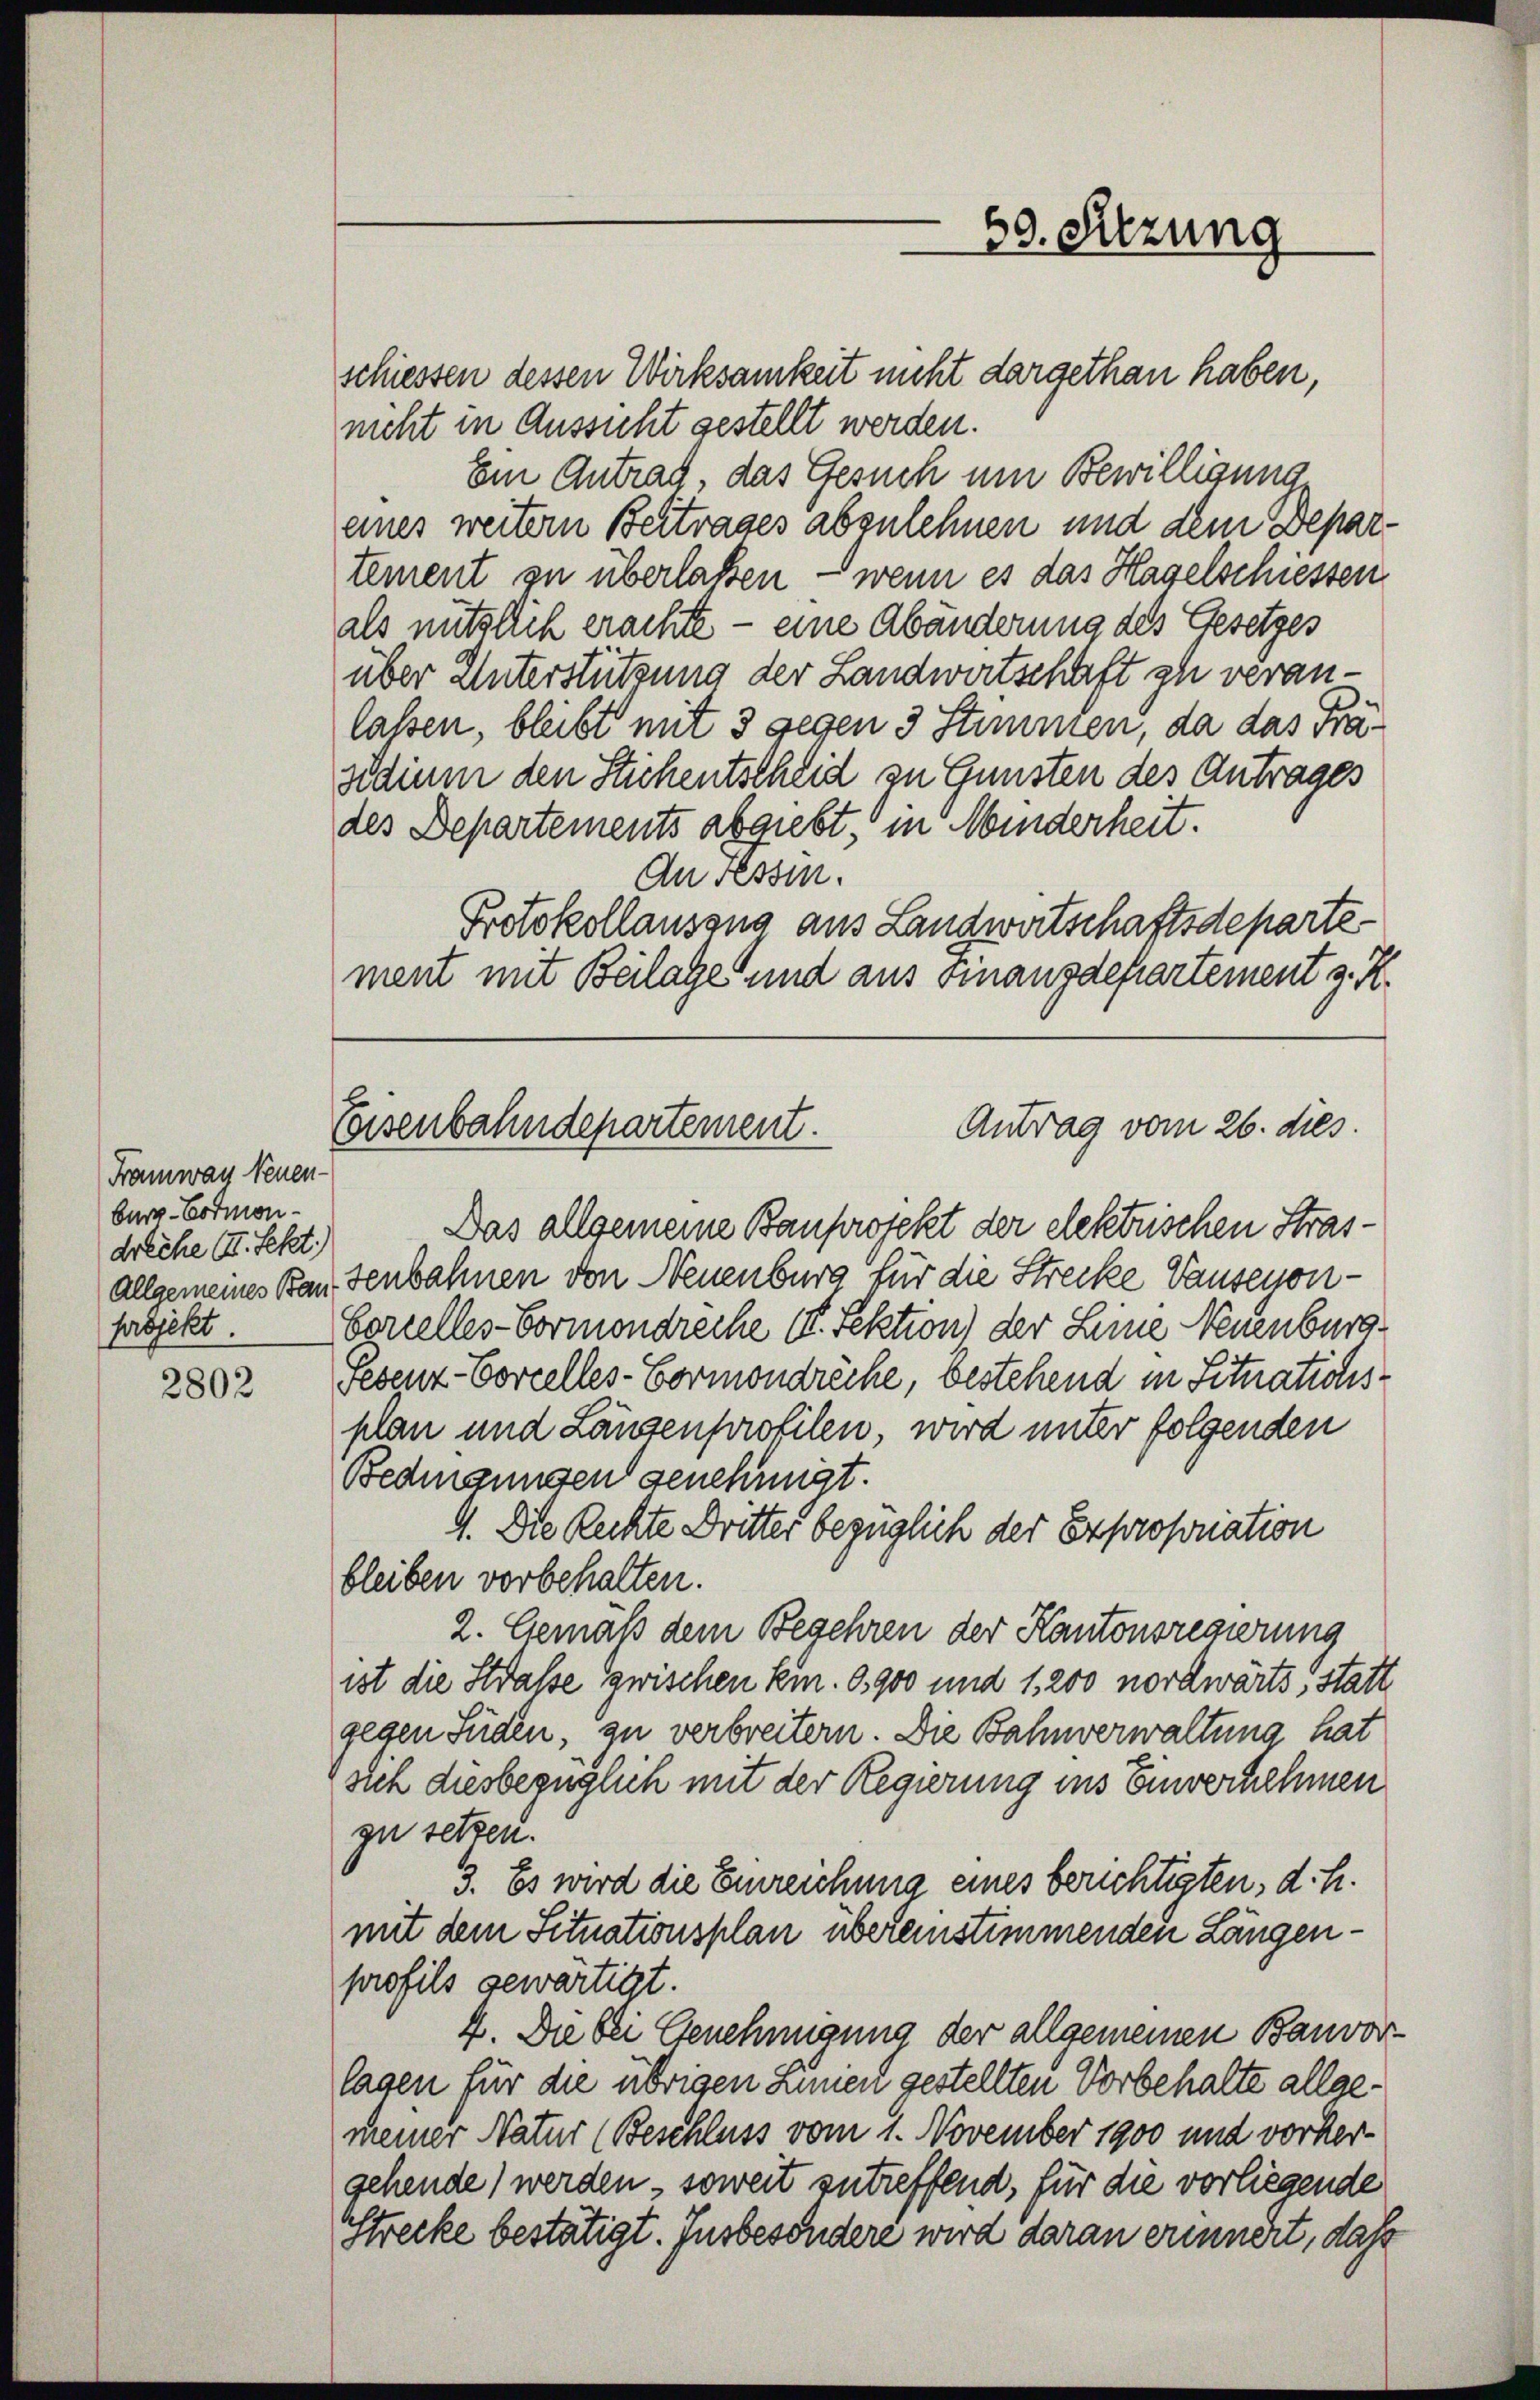
2802

Framway Neuen-
burg-Cotmon
dreche III. Sekt.)
projekt.

schiessen dessen Wirksamkeit nicht dargethan haben,
nicht in Aussicht gestellt werden.
Em Antrag, das Gesuch um Bewilligung,
eines weitern Beitrages abzulehnen und dem Departement zu überlaßen — wenn es das Hagelschiessen
als nützlich erachte — eine Abänderung des Gesetzes
über Unterstützung der Landwirtschaft zu veranlassen, bleibt mit 3 gegen 3 Stimmen, da das Präsidium den Stichentscheid zu Gunsten des Antrages
des Departements abgiebt, in Minderheit.
An Tessin.
Protokollausang aus Landwirtschaftsdepartement mit Beilage und aus Finanzdepartement z. R.
Das allgemeine Bauprojekt der elektrischen Strasallgemeines Bautenbahnen von Neuenburg für die Strecke Vauseyon¬
Corelles-Formondreche II. Sektion) der Leine Neuenburg
Pesenz-Corcelles-Bormondreche, bestehend in Situationsplan und Längenprofilen, wird unter folgenden
Bedmannsen genehmigt.
9. Die Rechte Dritter bezüglich der Expropriation
bleiben vorbehalten.
2. Gemäß dem Begehren der Kantonsregierung
ist die Straße zwischen Kin. 0,900 und 1, 200 nordwärts, statt
gegen Süden, zu verbreitern. Die Bahnverwaltung hat
sich diesbezüglich mit der Regierung ins Einvernehmen
zu setzen.
3. Es wird die Einreichung eines berichtigten, d. h.
mit dem Situationsplan übereinstimmenden Längenprofils gewärtigt.
4. Die bei Genehmigung der allgemeinen Bauvor
lagen für die übrigen Linien gestellten Vorbehalte allgemeiner Natur (Beschluss vom 1. November 1900 und vorhergehende) werden, soweit zutreffend, für die vorliegende
Strecke bestätigt. Insbesondere wird daran erinnert, daß

69. Sitzung

Antrag vom 26. dies
Eisenbahndepartement.